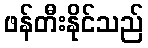
ဖန်တီးနိုင်သည်